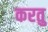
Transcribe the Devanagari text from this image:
करतु